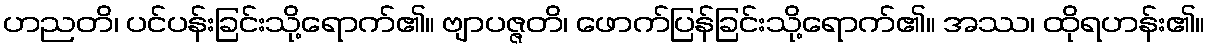
ဟညတိ၊ ပင်ပန်းခြင်းသို့ရောက်၏။ ဗျာပဇ္ဇတိ၊ ဖောက်ပြန်ခြင်းသို့ရောက်၏။ အဿ၊ ထိုရဟန်း၏။